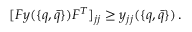
[ F y ( \{ q , \bar { q } \} ) F ^ { T } ] _ { j j } \geq y _ { j j } ( \{ q , \bar { q } \} ) \, .